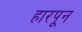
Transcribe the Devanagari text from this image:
हारपून